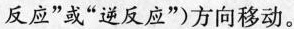
反应”或“逆反应”)方向移动。